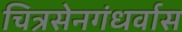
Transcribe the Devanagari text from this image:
चित्रसेनगंधर्वास